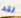
لقد